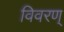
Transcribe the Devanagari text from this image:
विवरण्‌